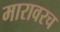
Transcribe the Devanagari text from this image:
मारावरच